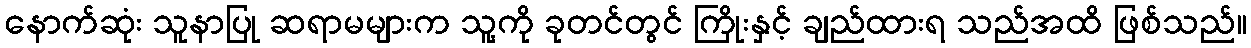
နောက်ဆုံး သူနာပြု ဆရာမများက သူ့ကို ခုတင်တွင် ကြိုးနှင့် ချည်ထားရ သည်အထိ ဖြစ်သည်။